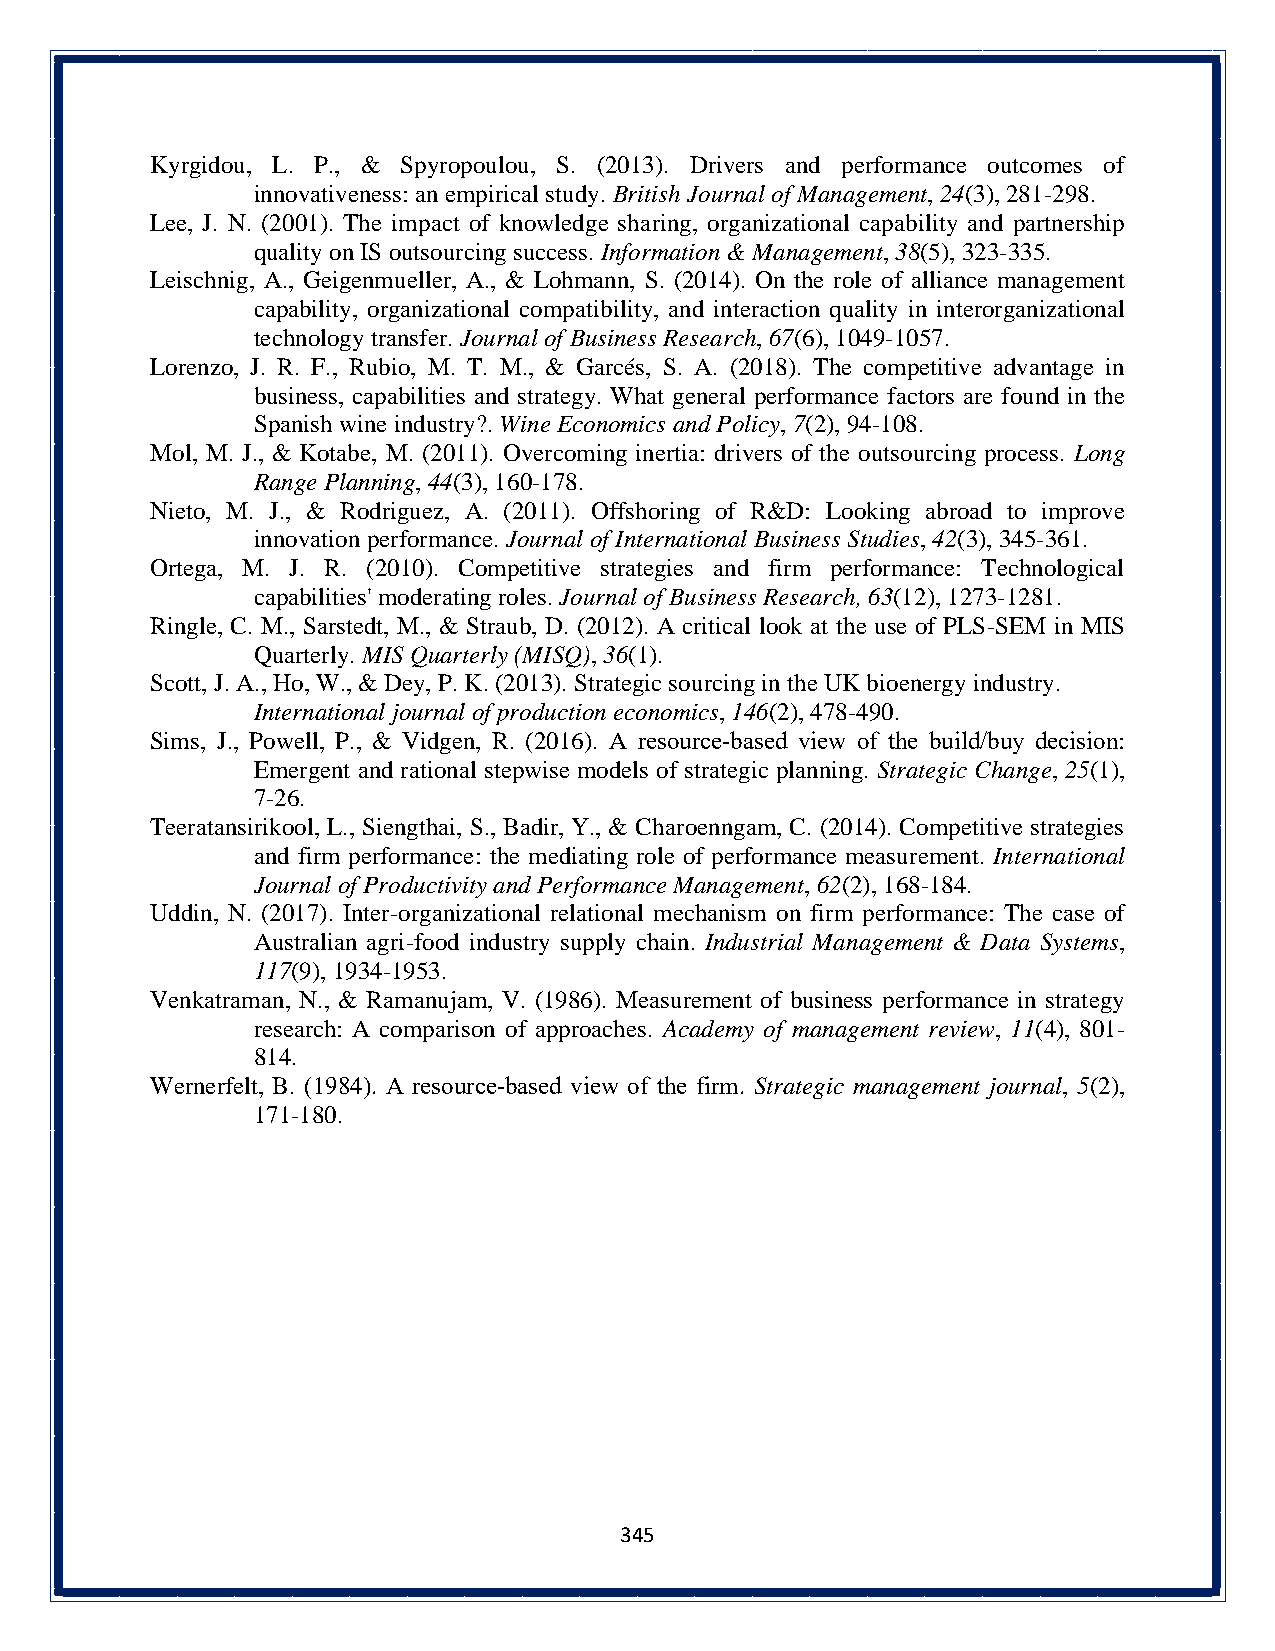
Kyrgidou, L. P., & Spyropoulou, S. (2013). Drivers and performance outcomes of
 innovativeness: an empirical study. British Journal of Management, 24(3), 281-298.
 Lee, J. N. (2001). The impact of knowledge sharing, organizational capability and partnership
 quality on IS outsourcing success. Information & Management, 38(5), 323-335.
 Leischnig, A., Geigenmueller, A., & Lohmann, S. (2014). On the role of alliance management
 capability, organizational compatibility, and interaction quality in interorganizational
 technology transfer. Journal of Business Research, 67(6), 1049-1057.
 Lorenzo, J. R. F., Rubio, M. T. M., & Garcés, S. A. (2018). The competitive advantage in
 business, capabilities and strategy. What general performance factors are found in the
 Spanish wine industry?. Wine Economics and Policy, 7(2), 94-108.
 Mol, M. J., & Kotabe, M. (2011). Overcoming inertia: drivers of the outsourcing process. Long
 Range Planning, 44(3), 160-178.
 Nieto, M. J., & Rodriguez, A. (2011). Offshoring of R&D: Looking abroad to improve
 innovation performance. Journal of International Business Studies, 42(3), 345-361.
 Ortega, M. J. R. (2010). Competitive strategies and firm performance: Technological
 capabilities' moderating roles. Journal of Business Research, 63(12), 1273-1281.
 Ringle, C. M., Sarstedt, M., & Straub, D. (2012). A critical look at the use of PLS-SEM in MIS
 Quarterly. MIS Quarterly (MISQ), 36(1).
 Scott, J. A., Ho, W., & Dey, P. K. (2013). Strategic sourcing in the UK bioenergy industry.
 International journal of production economics, 146(2), 478-490.
 Sims, J., Powell, P., & Vidgen, R. (2016). A resource‐based view of the build/buy decision:
 Emergent and rational stepwise models of strategic planning. Strategic Change, 25(1),
 7-26.
 Teeratansirikool, L., Siengthai, S., Badir, Y., & Charoenngam, C. (2014). Competitive strategies
 and firm performance: the mediating role of performance measurement. International
 Journal of Productivity and Performance Management, 62(2), 168-184.
 Uddin, N. (2017). Inter-organizational relational mechanism on firm performance: The case of
 Australian agri-food industry supply chain. Industrial Management & Data Systems,
 117(9), 1934-1953.
 Venkatraman, N., & Ramanujam, V. (1986). Measurement of business performance in strategy
 research: A comparison of approaches. Academy of management review, 11(4), 801-
 814.
 Wernerfelt, B. (1984). A resource‐based view of the firm. Strategic management journal, 5(2),
 171-180.
 345